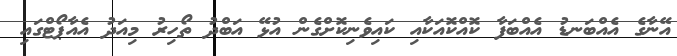
އޭނާގެ އެއްބަނޑު އެއްބަފާ ކޮއްކޮއަކާއި ކައިވެނިކޮށްގެން އުޅޭ އަބްދު ތޯހިރު މިއަދު އެއާޕޯޓްގައި